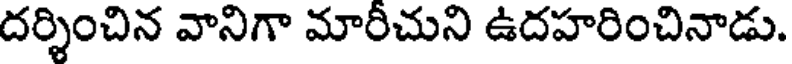
దర్శించిన వానిగా మారీచుని ఉదహరించినాడు.